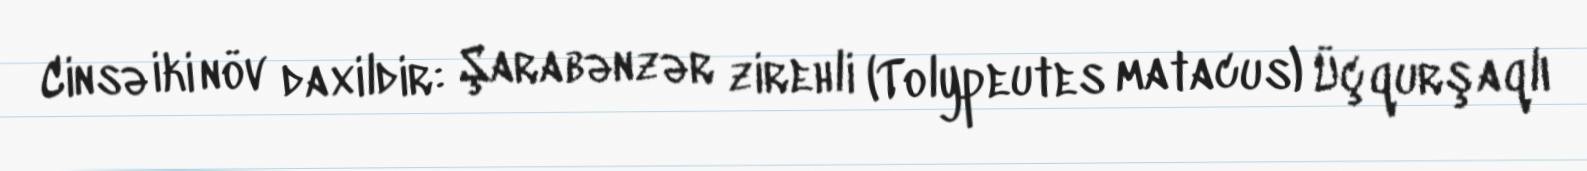
Cinsə iki növ daxildir: Şarabənzər zirehli (Tolypeutes matacus) Üçqurşaqlı